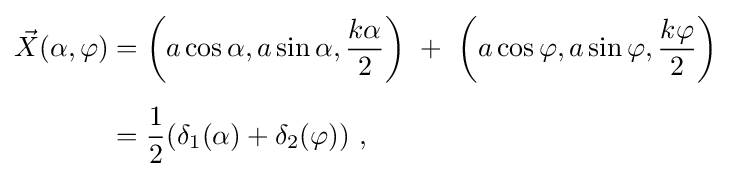
{\begin{aligned}{\vec {X}}(\alpha ,\varphi )&=\left(a\cos \alpha ,a\sin \alpha ,{\frac {k\alpha }{2}}\right)\ +\ \left(a\cos \varphi ,a\sin \varphi ,{\frac {k\varphi }{2}}\right)\\[5pt]&={\frac {1}{2}}(\delta _{1}(\alpha )+\delta _{2}(\varphi ))\ ,\quad \end{aligned}}